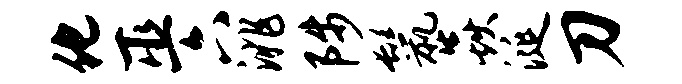
化巫六洮陟鬣焱涎刀